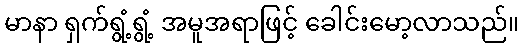
မာနာ ရှက်ရွံ့ရွံ့ အမူအရာဖြင့် ခေါင်းမော့လာသည်။